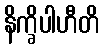
နိက္ခိပါဟီတိ